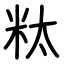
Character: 粏